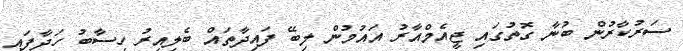
ސަރުކާރުން ބުނާ ގޮތުގައި ޖީއެމްއާރު އައުމުން ލިބޭ ފައިދާތައް ބެލިއިރު ހިސާބު ހަދާފައި